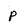
Character: p